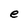
Character: e